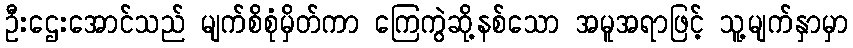
ဦးဌေးအောင်သည် မျက်စိစုံမှိတ်ကာ ကြေကွဲဆို့နစ်သော အမူအရာဖြင့် သူ့မျက်နှာမှာ